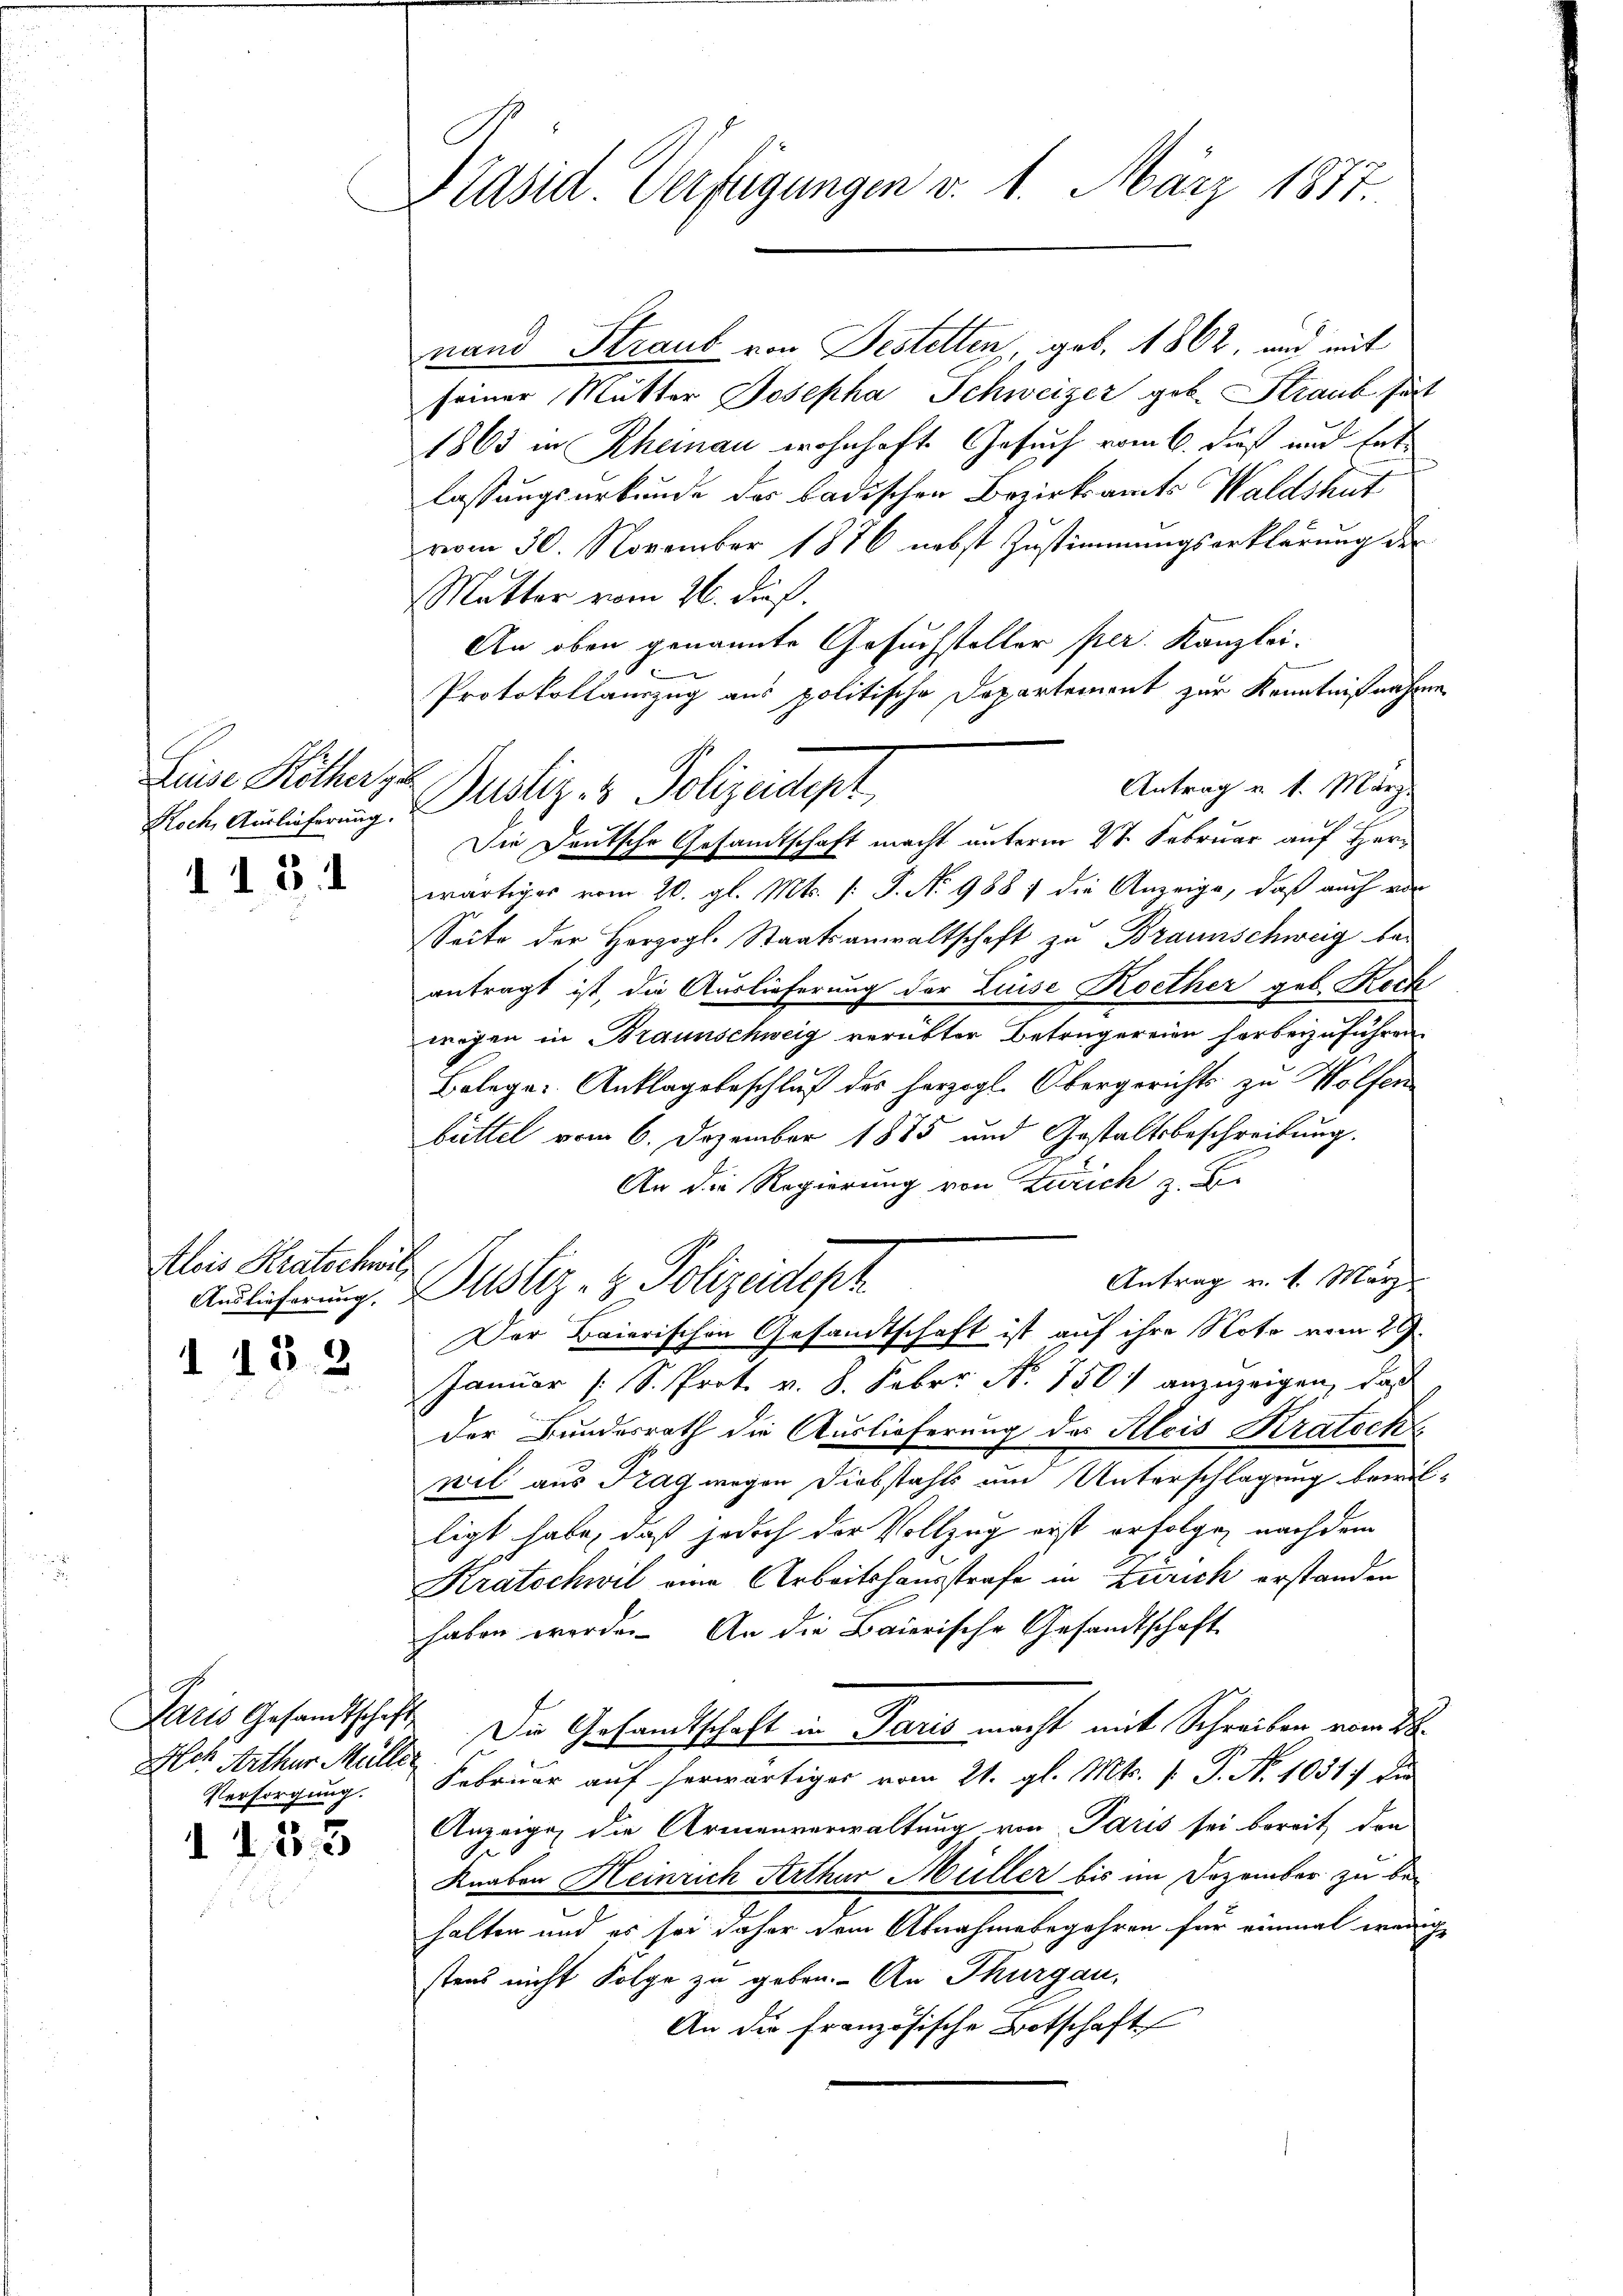
Liese Mitherge
118. 1

Alois Kratschwil
d 13. 2

Paris Gesandtschaft,
Hch. Arthur Mülle
Versorgung.
I 183

Präsid. Verfügungen v. 1. März 1877.

nand Straub von Festelten, geb. 1802, und mit
seiner Mutter Josepha Schweizer geb. Strank hät
1865 in Rheinau wohnhaft. Gesuch vom 6. dieß und hat
lassungsurkunde der badischen Bezirksamts Waldshut
vom 30. November 1876 nebst Zustimmungserklärung der
Mutter vom 26. dieß.
An oben genannte Gesuchsteller per. Kanzlei.
Protokollauszug aus politische Departement zur Kenntnißnahme
Antrag u. 1. März.
Die Deutsche Gesandtschaft macht unterm 2t Februar auf Herwärtiger vom 20. gl. Mts. (: P. Nr. 988 7 die Anzeige, daß auch von
Seite der Herzogl. Staatsanwaltschaft zu Braunschweig bei
antragt ist, die Auslieferung der Luise Koether geb. Rech
wegen in Braunschweig verübter Betrugereien herbeizuführen
Belege: Anklagsbeschluß des herzogl. Obergerichts zu Wolfen
büttel vom 6. Dezember 1885 und Gestaltsbeschreibung.
An die Regierung von Zürich z.
Antrag v. 1. März
Auslieferung. Justiz- & Polizeidept
Der Baierischen Gesandtschaft ist auf ihre Note vom 29.
Januar (S. Prot. v. 8. Febr. No. 750 anzuzeigen, daß
der Bundesrath die Auslieferung des Alois Kratoch
wil aus Tag wegen Diebstahls um Unterschlagung bewilligt habe, daß jedoch der Vollzog erst erfolge, nach dem
Kratschwil eine Arbeitshausstrafe in Zürich erstanden
haben werde. An die Baierische Gesandtschaft
Die Gesandtschaft in Paris macht mit Schreiben vom 28.
Februar auf herwärtiger vom 21. gl. Mts. f. P. N. 1031 die
Anzeigen die Armenverwaltung von Paris sei bereit den
Knaben Heinrich Arthur Müller bis im Dezember zu behalten und es sei daher dem Abnahmebegehren für einmal wenig
stens nicht Folge zu geben. An Thurgau,
An der französische Botschaft

Flach Auslicherung. Sistiz- & Polizeidept